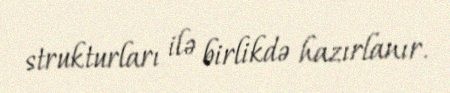
strukturları ilə birlikdə hazırlanır.